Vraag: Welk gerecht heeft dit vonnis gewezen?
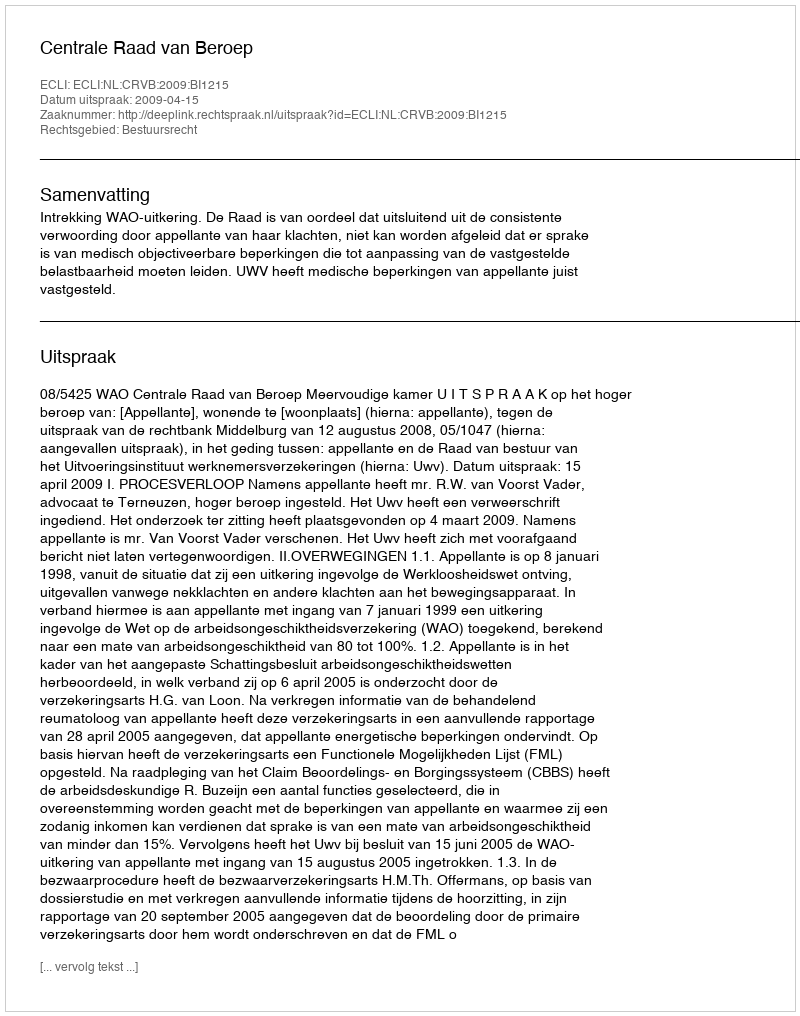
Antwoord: Centrale Raad van Beroep